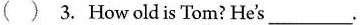
( ) 3. How old is Tom? He's___